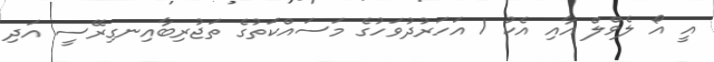
އީ އޯ ލެވްލް އާއި އެކު 1 އަހަރުދުވަހުގެ މަސައްކަތުގެ ތަޖުރިބާއިނގިރޭސީ އަދި